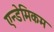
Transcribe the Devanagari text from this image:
एन्डेमिकम